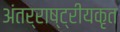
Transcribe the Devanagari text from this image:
अंतर्राष्ट्रीयकृत